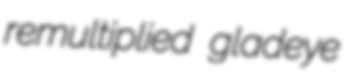
remultiplied gladeye